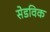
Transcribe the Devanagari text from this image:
सेडविक